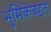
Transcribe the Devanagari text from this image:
भुमिकेबद्दल